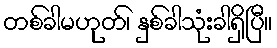
တစ်ခါမဟုတ်၊ နှစ်ခါသုံးခါရှိပြီ။